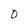
Character: 0